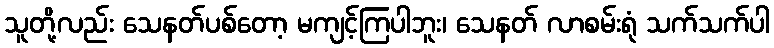
သူတို့လည်း သေနတ်ပစ်တော့ မကျင့်ကြပါဘူး၊ သေနတ် လာစမ်းရုံ သက်သက်ပါ